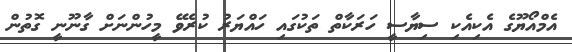
އެމްއޯޔޫގެ އެކިއެކި ސިޔާސީ ހަރަކާތް ތަކުގައި ހައްޔަރު ކުރެވޭ މީހުންނަށް ގާނޫނީ ގޮތުން